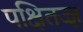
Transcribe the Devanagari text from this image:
पक्षितज्‍ज्ञ